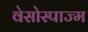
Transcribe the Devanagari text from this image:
वेसोस्पाज्म